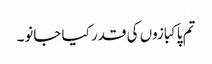
تم پاکبازوں کی قدر کیا جانو۔